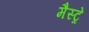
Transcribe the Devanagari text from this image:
मैस्ट्रे